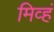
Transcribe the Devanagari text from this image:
मिव्हं